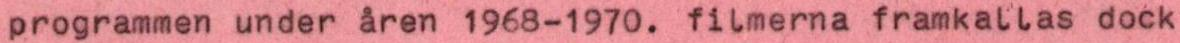
programmen under åren 1968-1970. filmerna framkallas dock